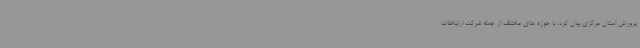
پرورش استان مرکزی بیان کرد: با حوزه های مختلف از جمله شرکت ارتباطات